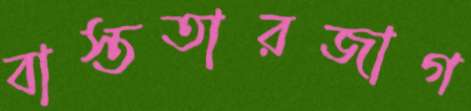
বাস্ততারজাগ